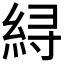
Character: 𱹳